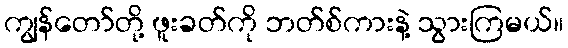
ကျွန်တော်တို့ ဖူးခတ်ကို ဘတ်စ်ကားနဲ့ သွားကြမယ်။